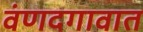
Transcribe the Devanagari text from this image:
वंणदगावात